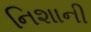
નિશાની